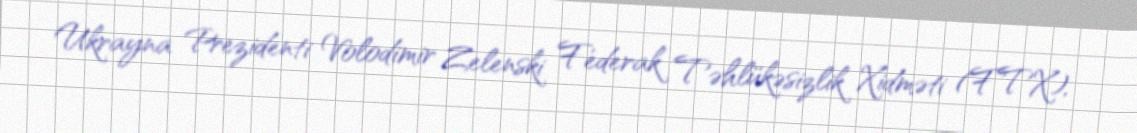
Ukrayna Prezidenti Volodimir Zelenski Federak Təhlükəsizlik Xidməti (FTX),